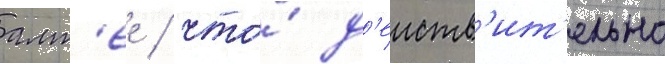
алт'ее / что́ д'еиств'ит'ельно